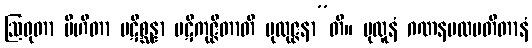
ဩဝုတာ ပိဟိတာ ပဋိစ္ဆန္နာ ပဋိကုဇ္ဇိတာတိ ပုထုဇ္ဇနာ”တိ။ ပုထူနံ ဂဏနပထမတီတာနံ